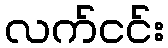
လက်ငင်း